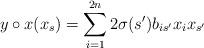
LaTeX: \begin{align*}y\circ x(x_s)=\sum_{i=1}^{2n} 2\sigma(s')b_{is'}x_ix_{s'}\end{align*}